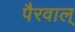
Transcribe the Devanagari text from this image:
पैरवाल्